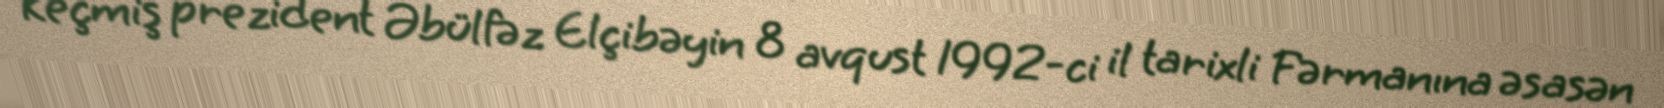
Keçmiş prezident Əbülfəz Elçibəyin 8 avqust 1992-ci il tarixli Fərmanına əsasən